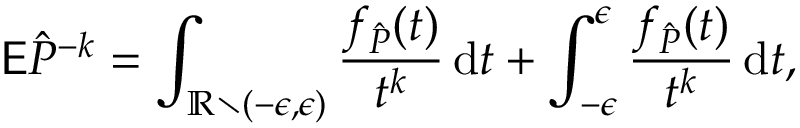
\mathsf E \hat { P } ^ { - k } = \int _ { \mathbb R \setminus ( - \epsilon , \epsilon ) } \frac { f _ { \hat { P } } ( t ) } { t ^ { k } } \, \mathrm d t + \int _ { - \epsilon } ^ { \epsilon } \frac { f _ { \hat { P } } ( t ) } { t ^ { k } } \, \mathrm d t ,